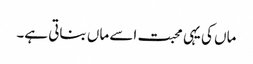
ماں کی یہی محبت اسے ماں بناتی ہے۔